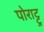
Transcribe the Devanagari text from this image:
पोराट्टु